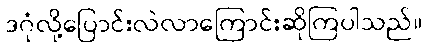
ဒဂုံလို့ပြောင်းလဲလာကြောင်းဆိုကြပါသည်။